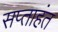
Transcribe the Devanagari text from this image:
सप्‍ताहंत